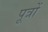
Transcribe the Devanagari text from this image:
पूत्रों